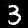
Label: 3